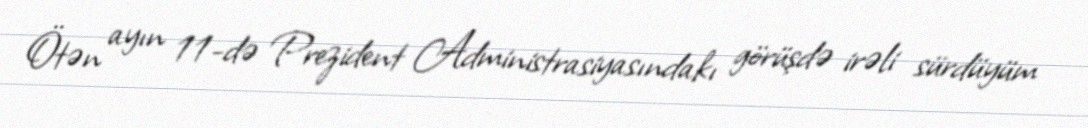
Ötən ayın 11-də Prezident Administrasiyasındakı görüşdə irəli sürdüyüm